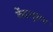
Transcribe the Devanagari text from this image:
केंद्रानुरूप